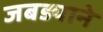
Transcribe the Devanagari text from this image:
जबड्याने